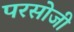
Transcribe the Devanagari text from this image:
परसोजी